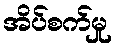
အိပ်စက်မှု